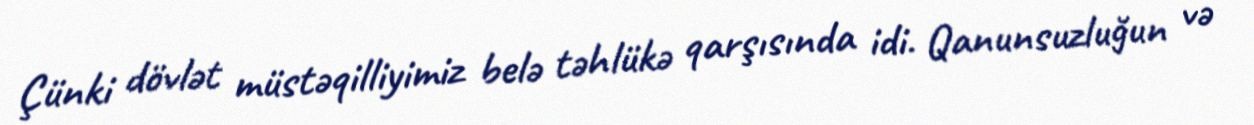
Çünki dövlət müstəqilliyimiz belə təhlükə qarşısında idi. Qanunsuzluğun və